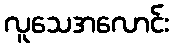
လူသေအလောင်း